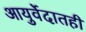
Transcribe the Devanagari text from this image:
आयुर्वेदातही